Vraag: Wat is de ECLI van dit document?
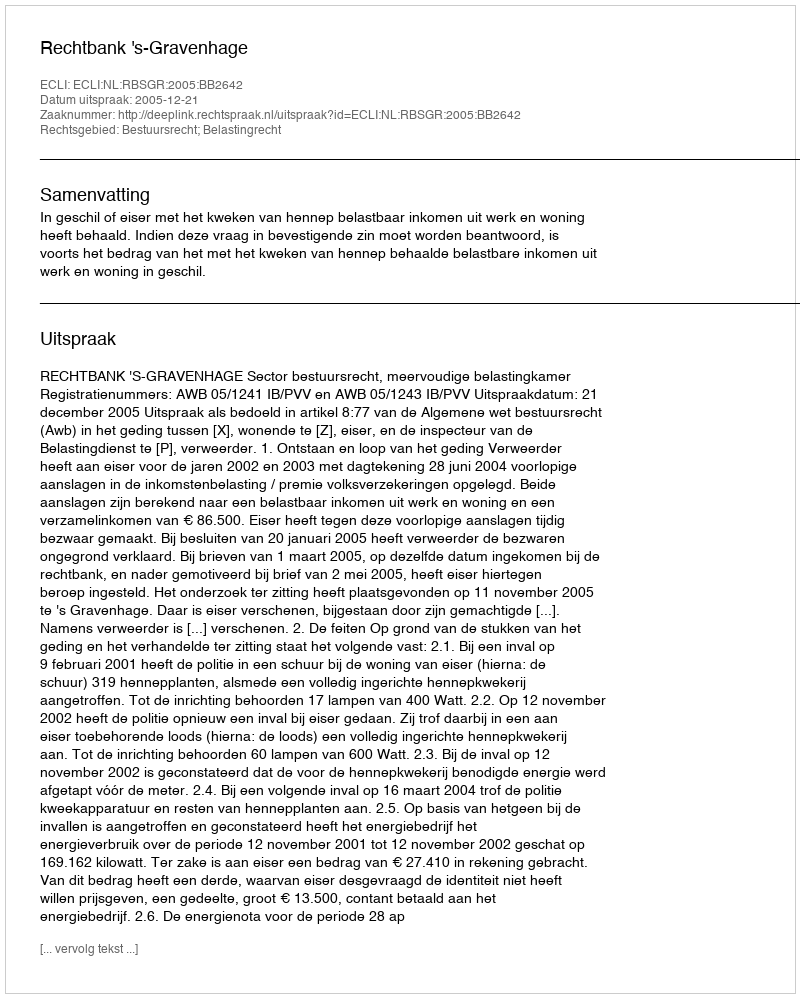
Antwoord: ECLI:NL:RBSGR:2005:BB2642